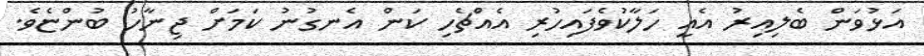
އަޅުވަން ބެލިއިރު އެއީ ހަލާކުވެފައިހުރި އެއްޗެހި ކަން އެނގުނު ކަމަށް ޖިނާހު ބުންޏެވެ.